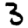
Digit: 3